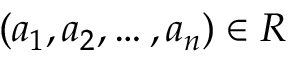
( a _ { 1 } , a _ { 2 } , \dots , a _ { n } ) \in R